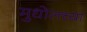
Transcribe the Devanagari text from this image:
मुधोलच्या